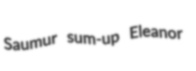
Saumur sum-up Eleanor